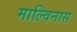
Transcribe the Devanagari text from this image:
माल्विनास